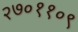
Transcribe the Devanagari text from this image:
२७०११०९